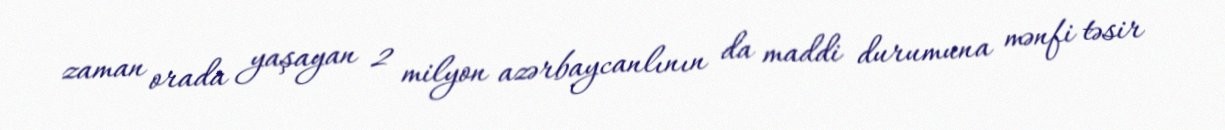
zaman orada yaşayan 2 milyon azərbaycanlının da maddi durumuna mənfi təsir